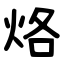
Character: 烙